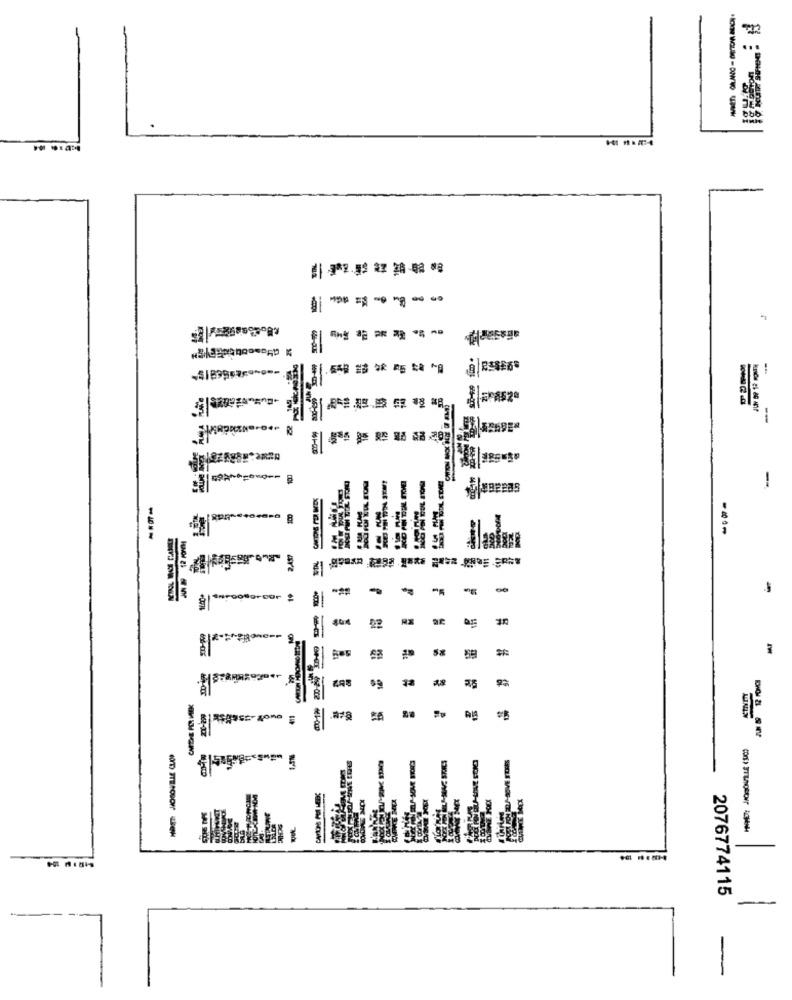
- -----
--
--
--
prostore.
8
-
-
-
Rx
12
2076774115